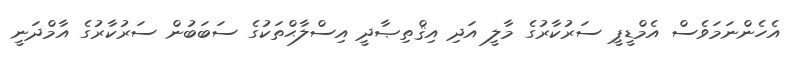
އެހެންނަމަވެސް އެމްޑީޕީ ސަރުކާރުގެ މާލީ އަދި އިޤްތިޞާދީ އިސްލާޙްތަކުގެ ސަބަބުން ސަރުކާރުގެ އާމްދަނީ